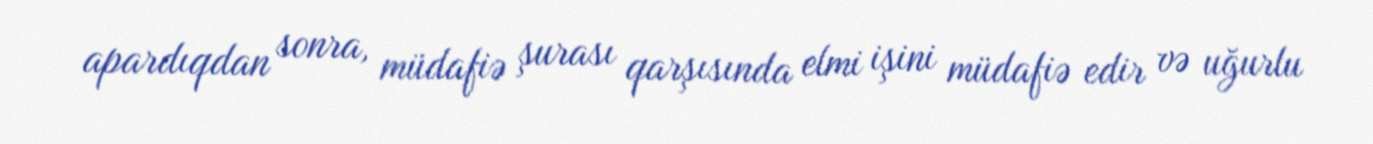
apardıqdan sonra, müdafiə şurası qarşısında elmi işini müdafiə edir və uğurlu